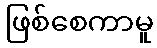
ဖြစ်စေကာမူ